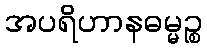
အပရိဟာနဓမ္မဉ္စ